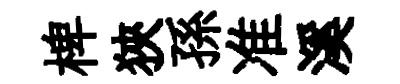
椑狹孫准溪